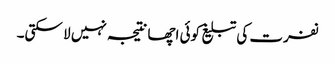
نفرت کی تبلیغ کوئی اچھا نتیجہ نہیں لا سکتی۔